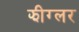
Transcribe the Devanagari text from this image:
झीग्लर